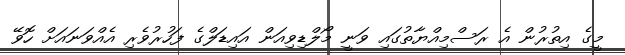
މީގެ އިތުރުން އެ ރަސްމިއްޔާތުގައި ވަނީ މޯލްޑިވިއަން އައިޑަލްގެ ފަހުރުވެރި އެއްވަނައަށް ހޮވޭ